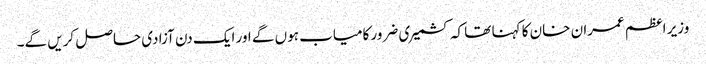
وزیر اعظم عمران خان کا کہنا تھا کہ کشمیری ضرور کامیاب ہوں گے اور ایک دن آزادی حاصل کریں گے۔